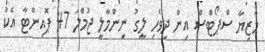
މާޒިޔާ ސްޕޯޓްސް އިން ދިވެހި ލީގު ނިންމާލީ ޖުމްލަ 47 ޕޮއިންޓާ އެކު